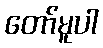
တော်မူပါ